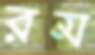
রম